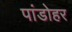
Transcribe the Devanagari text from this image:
पांडोहर